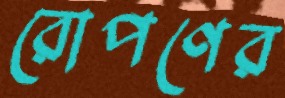
রোপণের